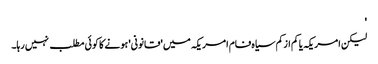
'
لیکن امریکہ یا کم ازکم سیاہ فام امریکہ میں 'قانونی' ہونے کا کوئی مطلب نہیں رہا۔